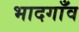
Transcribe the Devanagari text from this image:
भादगाँव